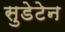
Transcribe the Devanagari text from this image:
सुडेटेन